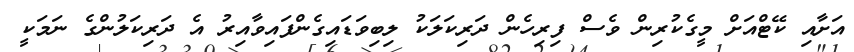
އަށާއި ކޭޓްއަށް މީގެކުރިން ވެސް ފިރިހެން ދަރިކަލަކު ލިބިވަޑައިގެންފައިވާއިރު އެ ދަރިކަލުންގެ ނަމަކީ